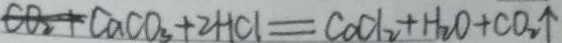
C O _ { 2 } + C a C O _ { 3 } + 2 H C l = C o C l _ { 2 } + H _ { 2 } O + C O _ { 2 } \uparrow